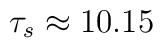
\tau_s \approx 10.15